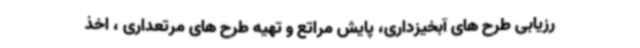
رزیابی طرح های آبخیزداری، پایش مراتع و تهیه طرح های مرتعداری ، اخذ